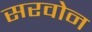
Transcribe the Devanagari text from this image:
सरवोन